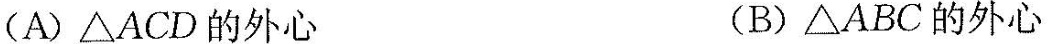
(A)△ACD的外心 (B)△ABC的外心